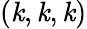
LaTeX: (\mathit{k},\mathit{k},\mathit{k})